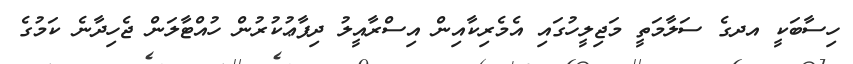
ހިސާބަކީ އދގެ ސަލާމަތީ މަޖިލީހުގައި އެމެރިކާއިން އިސްރާއީލު ދިފާޢުކުރުން ހުއްޓާލަން ޖެހިދާނެ ކަމުގެ